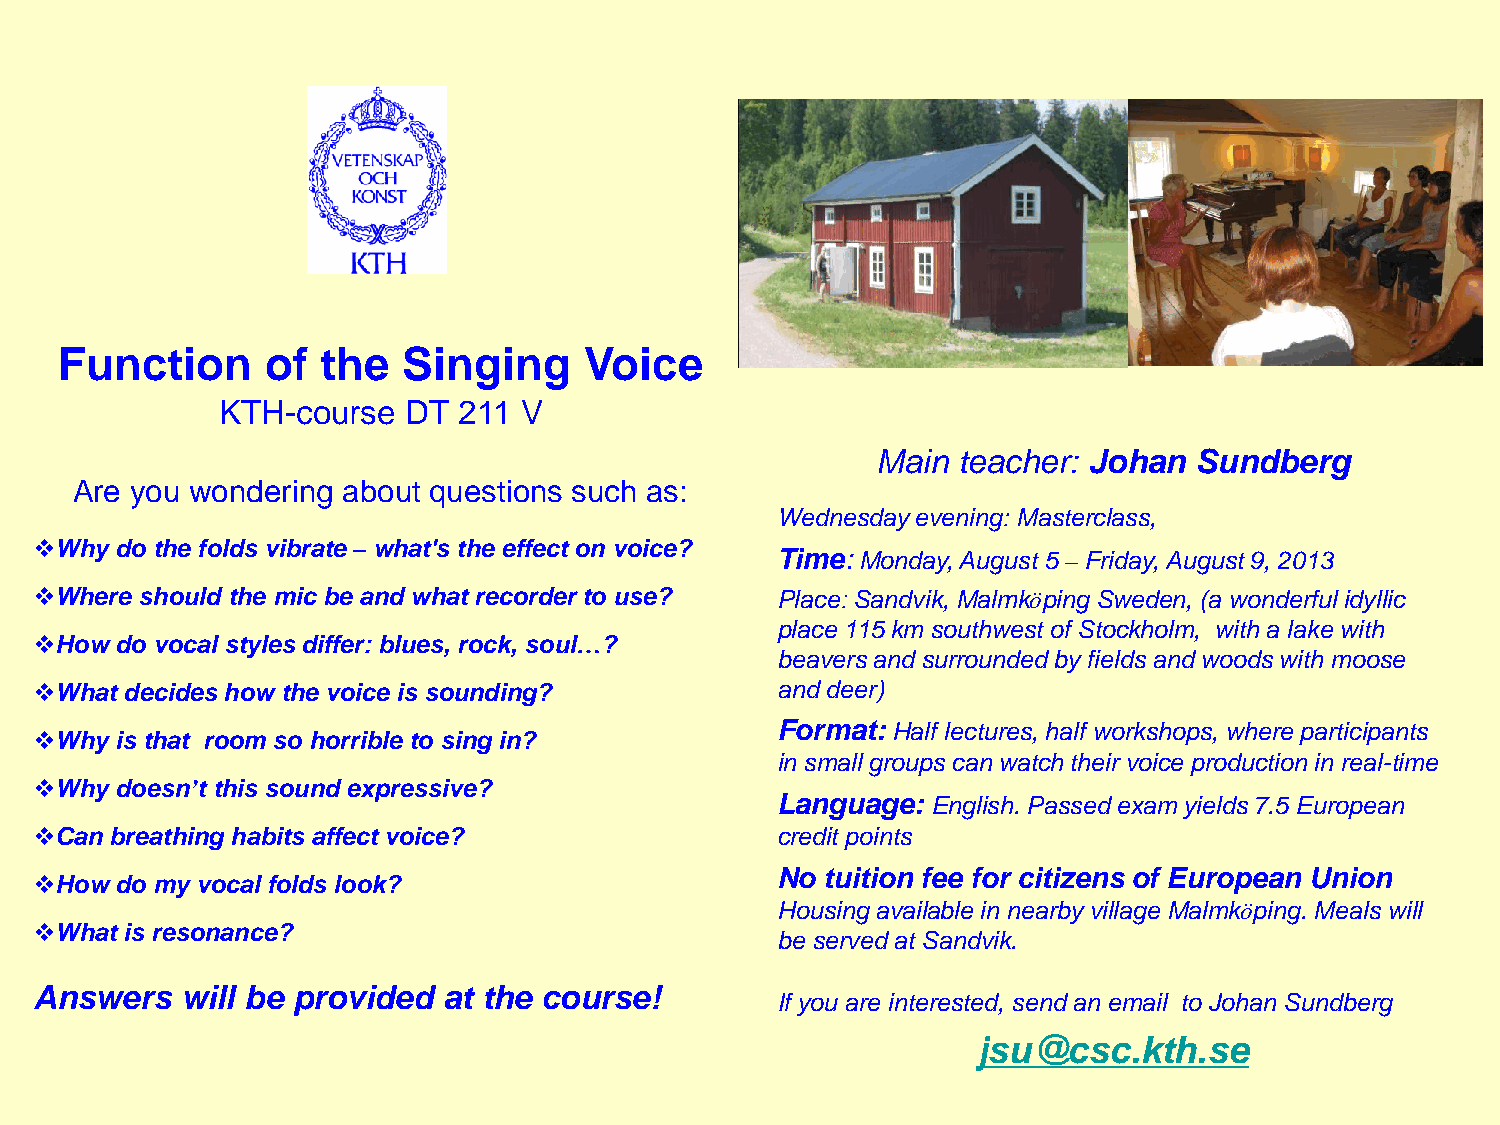
Function      of the   Singing     Voice
 KTH-course   DT 211 V
 Main teacher: Johan  Sundberg
 Are you wondering about questions such as:
 Wednesday evening: Masterclass,
 Why  do the folds vibrate – what's the effect on voice?
 Time: Monday, August 5 – Friday, August 9, 2013
 Where should the mic be and what recorder to use? Place: Sandvik, Malmköping Sweden, (a wonderful idyllic
 place 115 km southwest of Stockholm, with a lake with
 How  do vocal styles differ: blues, rock, soul…?
 beavers and surrounded by fields and woods with moose
 What decides how the voice is sounding?         and deer)
 Format: Half lectures, half workshops, where participants
 Why  is that room so horrible to sing in?
 in small groups can watch their voice production in real-time
 Why  doesn’t this sound expressive?
 Language:  English. Passed exam yields 7.5 European
 Can breathing habits affect voice?              credit points
 How  do my vocal folds look?
 No  tuition fee for citizens of European Union
 Housing available in nearby village Malmköping. Meals will
 What is resonance?
 be served at Sandvik.
 Answers   will be provided at the course!
 If you are interested, send an email to Johan Sundberg
 jsu@csc.kth.se